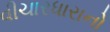
વીચારધારાનો